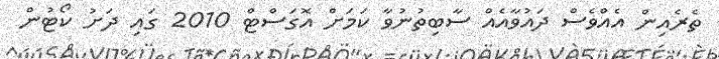
ތެރެއިން އެއްވެސް ދައުވާއެއް ސާބިތުނުވާ ކަމަށް އޮގަސްޓް 2010 ގައި ދަށު ކޯޓުން